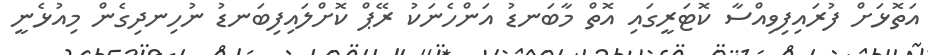
އަތޮޅަށް ފުރައިފިވިއްސާ ކޮޓަރީގައި އޮތް މާބަނޑު އަންހެނަކު ރޭޕް ކޮށްލައިފިބަނޑު ނުހިނދިގެން މިއުޅެނީ